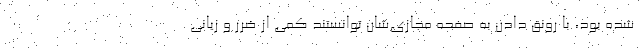
شده بود، با رونق دادن به صفحه مجازی‌شان توانستند کمی از ضرر و زیانی